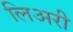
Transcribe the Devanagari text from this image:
लिअरी